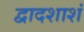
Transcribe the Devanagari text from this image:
द्वादशाशं